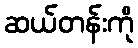
ဆယ်တန်းကို